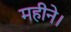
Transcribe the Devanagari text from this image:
महीने।